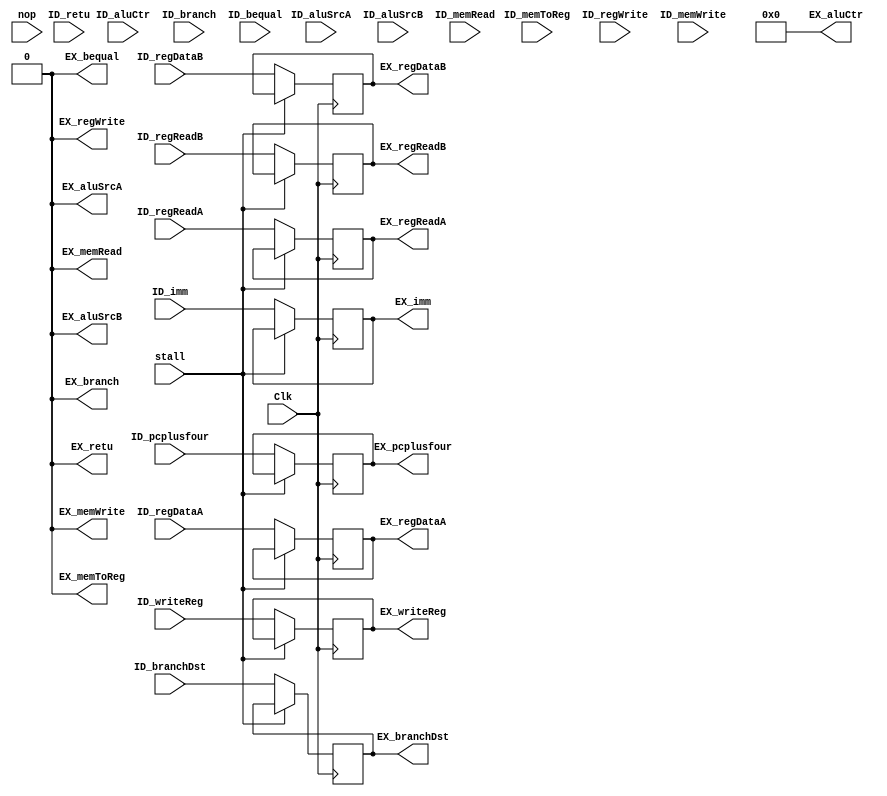
`timescale 1ns / 1ps

module IDEX(
	input Clk,
	input nop,
	input stall,
	
	input [4:0] ID_regReadA,
	output reg [4:0] EX_regReadA,
	input [4:0] ID_regReadB,
	output reg [4:0] EX_regReadB,
	input [4:0] ID_writeReg,
	output reg [4:0] EX_writeReg,
	
	input [31:0] ID_pcplusfour,
	output reg [31:0] EX_pcplusfour,
	
	input [31:0] ID_regDataA,
	output reg [31:0] EX_regDataA,
	input [31:0] ID_regDataB,
	output reg [31:0] EX_regDataB,
	input [31:0] ID_imm,
	output reg [31:0] EX_imm,
	
	input [31:0] ID_branchDst,
	output reg [31:0] EX_branchDst,
	
	input ID_aluSrcA,
	input ID_aluSrcB,
	input [3:0] ID_aluCtr,
	input ID_memToReg,
	input ID_regWrite,
	input ID_memRead,
	input ID_memWrite,
	input ID_branch,
	input ID_bequal,
	input ID_retu,
	
	output reg EX_aluSrcA,
	output reg EX_aluSrcB,
	output reg [3:0] EX_aluCtr,
	output reg EX_memToReg,
	output reg EX_regWrite,
	output reg EX_memRead,
	output reg EX_memWrite,
	output reg EX_branch,
	output reg EX_bequal,
	output reg EX_retu
    );
	
	always @ (posedge Clk)
	begin
		if(stall == 0)
		begin
			EX_regReadA <= ID_regReadA;
			  EX_regReadB <= ID_regReadB;
			  EX_writeReg <= ID_writeReg;
			  EX_pcplusfour <= ID_pcplusfour;
			  EX_regDataA <= ID_regDataA;
			  EX_regDataB <= ID_regDataB;
			  EX_imm <= ID_imm;
			  EX_branchDst <= ID_branchDst;
			
			  EX_aluSrcA <= ID_aluSrcA;
			  EX_aluSrcB <= ID_aluSrcB;
			  EX_aluCtr <= ID_aluCtr;
			  EX_memToReg <= ID_memToReg;
			  EX_regWrite <= ID_regWrite;
			  EX_memRead <= ID_memRead;
			  EX_memWrite <= ID_memWrite;
			  EX_branch <= ID_branch;
			  EX_bequal <= ID_bequal;
			  EX_retu <= ID_retu;
		end
	end
	
	always @ (posedge nop)
	begin
		EX_aluSrcA <= 0;
		EX_aluSrcB <= 0;
		EX_aluCtr <= 0;
		EX_memToReg <= 0;
		EX_regWrite <= 0;
		EX_memRead <= 0;
		EX_memWrite <= 0;
		EX_branch <= 0;
		EX_bequal <= 0;
		EX_retu <= 0;
	end
	
	initial begin
		EX_aluSrcA = 0;
		EX_aluSrcB = 0;
		EX_aluCtr = 0;
		EX_memToReg = 0;
		EX_regWrite = 0;
		EX_memRead = 0;
		EX_memWrite = 0;
		EX_branch = 0;
		EX_bequal = 0;
		EX_retu = 0;
		
		EX_regReadA = 0;
		EX_regReadB = 0;
	    EX_writeReg = 0;
		EX_pcplusfour = 0;
		EX_regDataA = 0;
		EX_regDataB = 0;
		EX_imm = 0;
		EX_branchDst = 0;
	end
endmodule